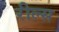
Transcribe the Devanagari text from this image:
रील्स